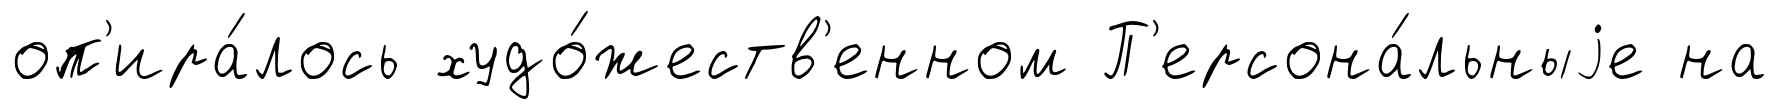
оп'ира́лось худо́жеств'енном П'ерсона́льныjе на